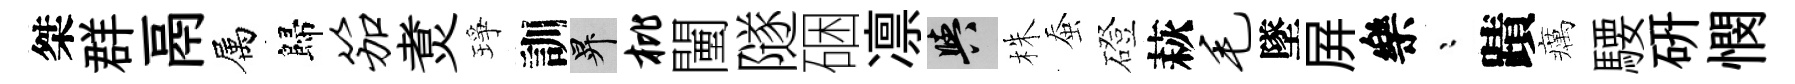
桀群鬲属歸笳煑琤訓升枇闉隧硱凛阳株蚕磴萩毛墜屛樂漸蹟癘騕硏憫